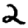
Digit: 2